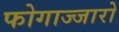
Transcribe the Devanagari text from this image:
फोगाज्जारो